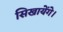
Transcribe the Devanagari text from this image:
सिखायेंगे।